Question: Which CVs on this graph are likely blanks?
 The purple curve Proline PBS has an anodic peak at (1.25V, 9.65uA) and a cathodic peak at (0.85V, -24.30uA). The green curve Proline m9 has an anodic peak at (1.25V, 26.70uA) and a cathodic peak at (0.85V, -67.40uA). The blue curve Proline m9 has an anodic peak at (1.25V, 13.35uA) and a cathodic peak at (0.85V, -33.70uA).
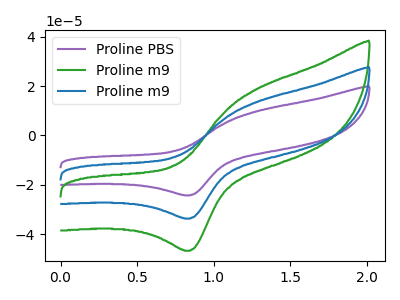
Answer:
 <answer>There are not any CV's on this graph that are likely to be blanks.</answer>
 <eval>none</eval>